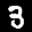
Label: 3